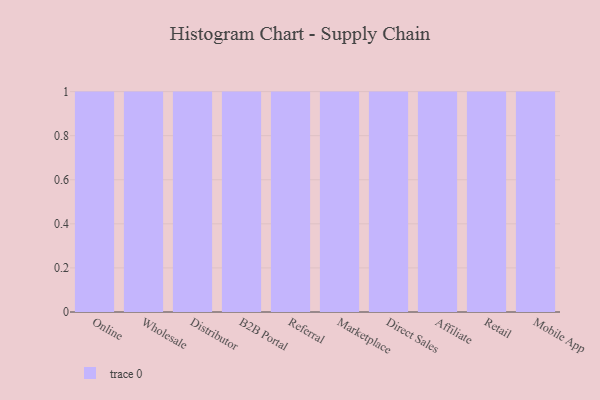
{"axis": {"x": "Channel", "y": "Customer Acquisition Cost (USD)"}, "legend": [""], "data": [{"x": "Online", "y": 51, "type": ""}, {"x": "Wholesale", "y": 11, "type": ""}, {"x": "Distributor", "y": 36, "type": ""}, {"x": "B2B Portal", "y": 40, "type": ""}, {"x": "Referral", "y": 54, "type": ""}, {"x": "Marketplace", "y": 79, "type": ""}, {"x": "Direct Sales", "y": 100, "type": ""}, {"x": "Affiliate", "y": 91, "type": ""}, {"x": "Retail", "y": 93, "type": ""}, {"x": "Mobile App", "y": 89, "type": ""}]}